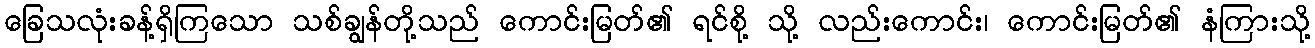
ခြေသလုံးခန့်ရှိကြသော သစ်ချွန်တို့သည် ကောင်းမြတ်၏ ရင်စို့ သို့ လည်းကောင်း၊ ကောင်းမြတ်၏ နံကြားသို့